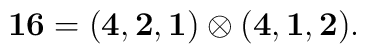
{\bf 16} = ({\bf 4},{\bf 2},{\bf 1})\otimes ({\bf 4},{\bf 1},{\bf2}).